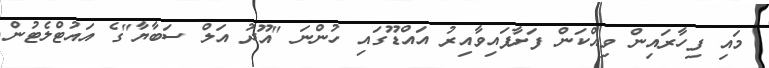
މައި ފިހާރައިން ވިއްކަން ފަށާފައިވާއިރު އައްޑޫގައި ހުންނަ "އޫދު އަލް ސަބާޔާ"ގެ އައުޓްލެޓުން